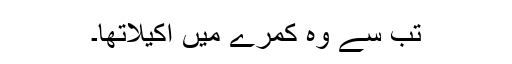
تب سے وہ کمرے میں اکیلاتھا۔